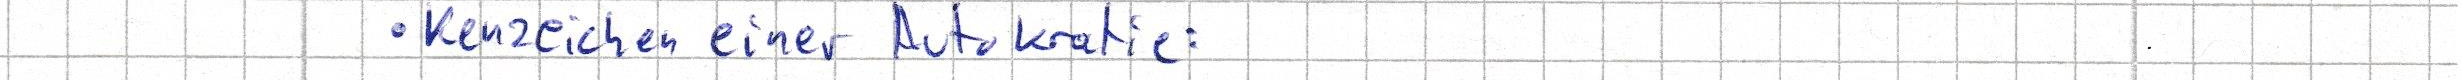
- Kennzeichen einer Autokratie: